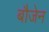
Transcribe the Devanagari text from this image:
बौजेन